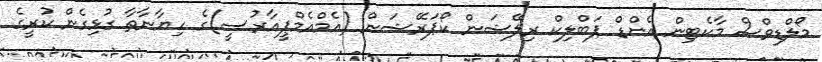
މޯލްޑިވްސް މާކެޓިން އެންޑް ޕަބްލިކް ރިލޭޝަން ކޯޕަރޭޝަން (އެމްއެމްޕީއާރުސީ)ގެ ހިޔާނާތާ ގުޅިގެން ކުރީގެ